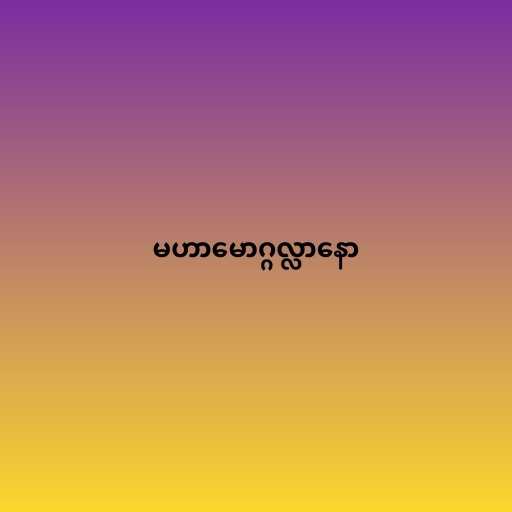
မဟာမောဂ္ဂလ္လာနော